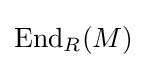
{\text{End}}_{R}(M)